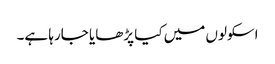
اسکولوں میں کیا پڑھایا جارہا ہے۔